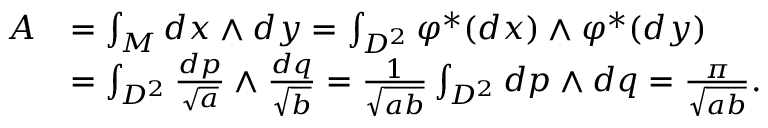
\begin{array} { r l } { A } & { = \int _ { M } d x \wedge d y = \int _ { { D } ^ { 2 } } \varphi ^ { \ast } ( d x ) \wedge \varphi ^ { \ast } ( d y ) } \\ & { = \int _ { { D } ^ { 2 } } \frac { d p } { \sqrt { a } } \wedge \frac { d q } { \sqrt { b } } = \frac { 1 } { \sqrt { a b } } \int _ { { D } ^ { 2 } } d p \wedge d q = \frac { \pi } { \sqrt { a b } } . } \end{array}